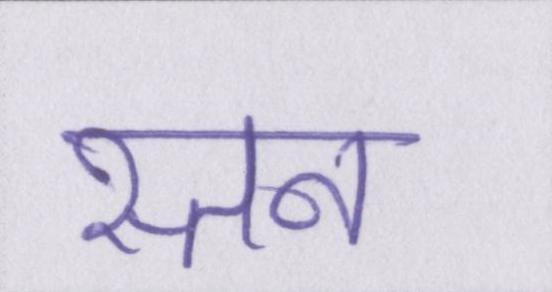
स्तन